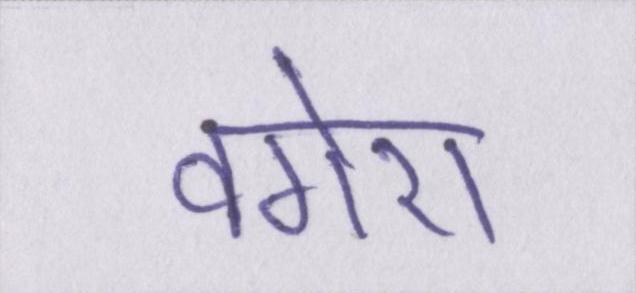
वगेरा